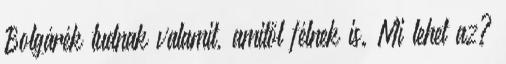
Bolgárék tudnak valamit, amitől félnek is. Mi lehet az?